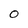
Character: O